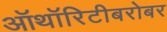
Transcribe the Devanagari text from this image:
ऑथॉरिटीबरोबर